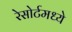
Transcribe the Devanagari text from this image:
रेसोर्टमध्ये